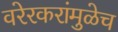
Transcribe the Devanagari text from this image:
वरेरकरांमुळेच